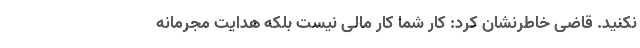
نکنید. قاضی خاطرنشان کرد: کار شما کار مالی نیست بلکه هدایت مجرمانه